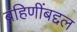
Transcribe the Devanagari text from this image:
बहिणींबद्दल